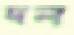
দল্‌